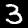
Digit: 3